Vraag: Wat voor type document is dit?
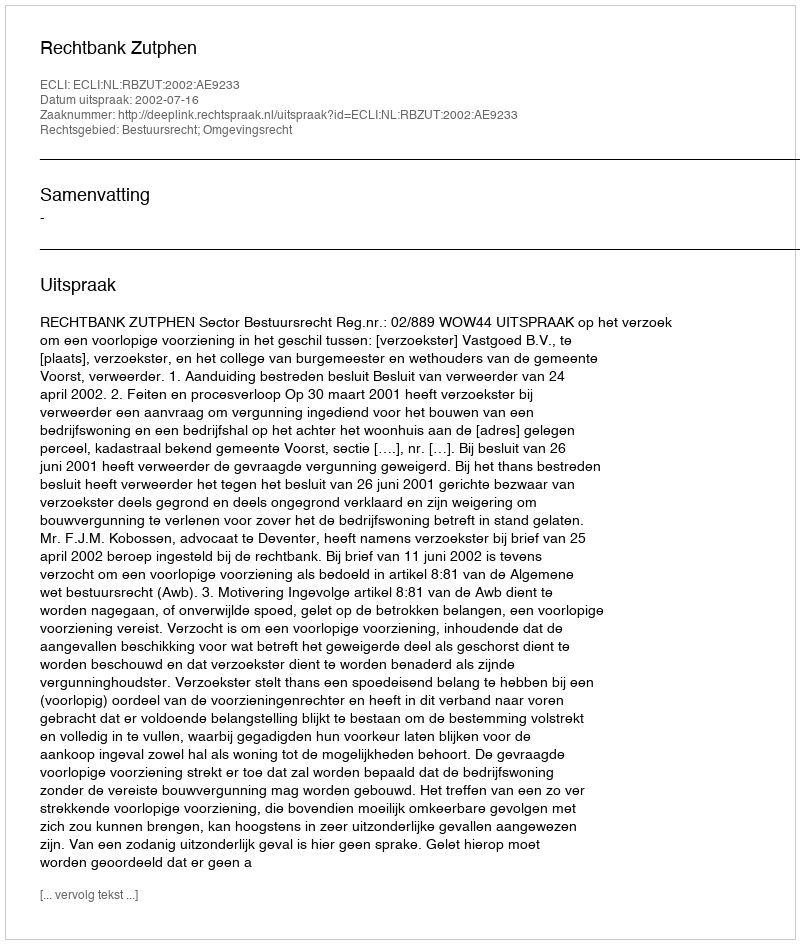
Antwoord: Uitspraak